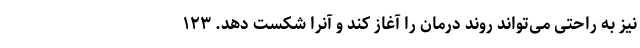
نیز به راحتی می‌تواند روند درمان را آغاز کند و آنرا شکست دهد. ۱۲۳